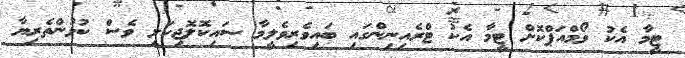
ޓީމާ އެކު ވޯމްއަޕްކޮށް ޓީމާ އެކު ޓްރެއިނިންގައި ބައިވެރިވެލީމާ ސައިކޮލޮޖިކަލީ ވެސް ކުޅުންތެރިޔާ